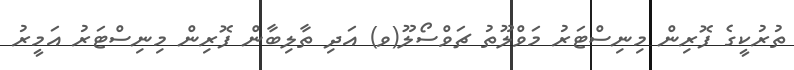
ތުރުކީގެ ފޮރިން މިނިސްޓަރު މަވްލޫތު ޗަވްސޯލޫ(ވ) އަދި ތާލިބާން ފޮރިން މިނިސްޓަރު އަމީރު